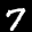
Label: 7